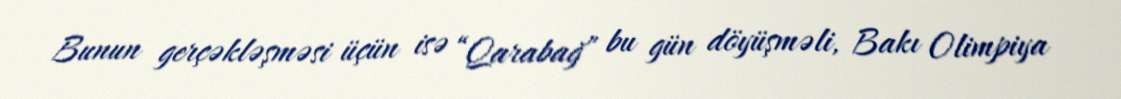
Bunun gerçəkləşməsi üçün isə “Qarabağ” bu gün döyüşməli, Bakı Olimpiya